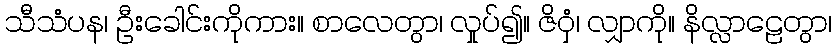
သီသံပန၊ ဦးခေါင်းကိုကား။ စာလေတွာ၊ လှုပ်၍။ ဇိဝှံ၊ လျှာကို။ နိလ္လာဠေတွာ၊